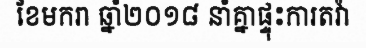
ខែមករា ឆ្នាំ២០១៨ នាំគ្នាផ្ទុះការតវ៉ា